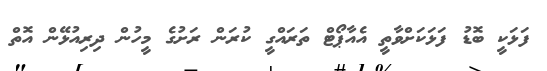
ފަޅަކީ ބޮޑު ފަޅަކަށްވާތީ އެއާޕޯޓް ތަރައްގީ ކުރަން ރަށުގެ މީހުން ދިރިއުޅޭން އޮތް